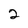
Character: 2